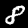
Digit: 8